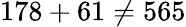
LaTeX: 178+61\neq 565